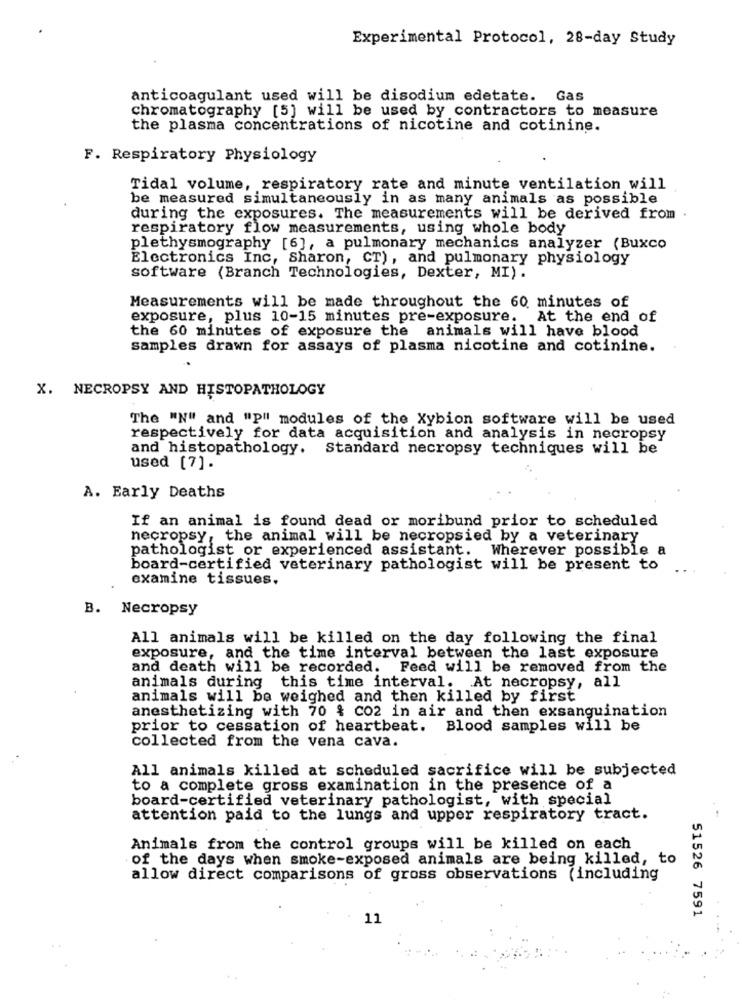
Experimental Protocol, 28-day Study
anticoagulant used will be disodium edetate. Gas
chromatography [5] will be used by contractors to measure
the plasma concentrations of nicotine and cotinine.
F. Respiratory Physiology
Tidal volume, respiratory rate and minute ventilation will
be measured simultaneously in as many animals as possible
during the exposures. The measurements will be derived from .
respiratory flow measurements, using whole body
plethysmography [6], a pulmonary mechanics analyzer (Buxco
Electronics Inc, Sharon, CT), and pulmonary physiology
software (Branch Technologies, Dexter, MI).
Measurements will be made throughout the 60 minutes of
exposure, plus 10-15 minutes pre-exposure. At the end of
the 60 minutes of exposure the animals will have blood
samples drawn for assays of plasma nicotine and cotinine.
X. NECROPSY AND HISTOPATHOLOGY
The "N" and "p" modules of the Xybion software will be used
respectively for data acquisition and analysis in necropsy
and histopathology. Standard necropsy techniques will be
used [7].
A. Early Deaths
If an animal is found dead or moribund prior to scheduled
necropsy, the animal will be necropsied by a veterinary
pathologist or experienced assistant. Wherever possible a
board-certified veterinary pathologist will be present to
examine tissues.
B. Necropsy
All animals will be killed on the day following the final
exposure, and the time interval between the last exposure
and death will be recorded. Feed will be removed from the
animals during this time interval. At necropsy, all
animals will be weighed and then killed by first
anesthetizing with 70 & Co2 in air and then exsanguination
prior to cessation of heartbeat. Blood samples will be
collected from the vena cava.
All animals killed at scheduled sacrifice will be subjected
to a complete gross examination in the presence of a
board-certified veterinary pathologist, with special
attention paid to the lungs and upper respiratory tract.
Animals from the control groups will be killed on each
of the days when smoke-exposed animals are being killed, to
allow direct comparisons of gross observations (including
51526 7591
11